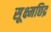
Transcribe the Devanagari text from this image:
सूक्ष्मछिद्र